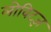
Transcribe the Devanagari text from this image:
लोविट्ज़